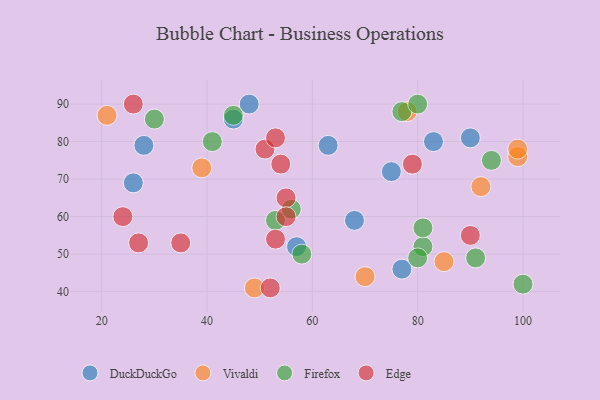
{"axis": {"x": "GDP", "y": "Life Expectancy"}, "legend": ["DuckDuckGo", "Edge", "Firefox", "Vivaldi"], "data": [{"x": "28", "y": 79, "type": "DuckDuckGo"}, {"x": "68", "y": 59, "type": "DuckDuckGo"}, {"x": "57", "y": 52, "type": "DuckDuckGo"}, {"x": "45", "y": 86, "type": "DuckDuckGo"}, {"x": "26", "y": 69, "type": "DuckDuckGo"}, {"x": "48", "y": 90, "type": "DuckDuckGo"}, {"x": "77", "y": 46, "type": "DuckDuckGo"}, {"x": "83", "y": 80, "type": "DuckDuckGo"}, {"x": "90", "y": 81, "type": "DuckDuckGo"}, {"x": "75", "y": 72, "type": "DuckDuckGo"}, {"x": "63", "y": 79, "type": "DuckDuckGo"}, {"x": "21", "y": 87, "type": "Vivaldi"}, {"x": "99", "y": 76, "type": "Vivaldi"}, {"x": "92", "y": 68, "type": "Vivaldi"}, {"x": "49", "y": 41, "type": "Vivaldi"}, {"x": "99", "y": 78, "type": "Vivaldi"}, {"x": "78", "y": 88, "type": "Vivaldi"}, {"x": "85", "y": 48, "type": "Vivaldi"}, {"x": "39", "y": 73, "type": "Vivaldi"}, {"x": "70", "y": 44, "type": "Vivaldi"}, {"x": "41", "y": 80, "type": "Firefox"}, {"x": "53", "y": 59, "type": "Firefox"}, {"x": "45", "y": 87, "type": "Firefox"}, {"x": "91", "y": 49, "type": "Firefox"}, {"x": "81", "y": 52, "type": "Firefox"}, {"x": "94", "y": 75, "type": "Firefox"}, {"x": "30", "y": 86, "type": "Firefox"}, {"x": "80", "y": 49, "type": "Firefox"}, {"x": "100", "y": 42, "type": "Firefox"}, {"x": "56", "y": 62, "type": "Firefox"}, {"x": "77", "y": 88, "type": "Firefox"}, {"x": "80", "y": 90, "type": "Firefox"}, {"x": "81", "y": 57, "type": "Firefox"}, {"x": "58", "y": 50, "type": "Firefox"}, {"x": "54", "y": 74, "type": "Edge"}, {"x": "52", "y": 41, "type": "Edge"}, {"x": "51", "y": 78, "type": "Edge"}, {"x": "24", "y": 60, "type": "Edge"}, {"x": "90", "y": 55, "type": "Edge"}, {"x": "35", "y": 53, "type": "Edge"}, {"x": "27", "y": 53, "type": "Edge"}, {"x": "55", "y": 65, "type": "Edge"}, {"x": "26", "y": 90, "type": "Edge"}, {"x": "55", "y": 60, "type": "Edge"}, {"x": "53", "y": 81, "type": "Edge"}, {"x": "53", "y": 54, "type": "Edge"}, {"x": "79", "y": 74, "type": "Edge"}]}